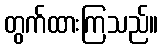
တွက်ထားကြသည်။